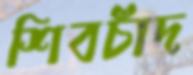
শিবচাঁদ